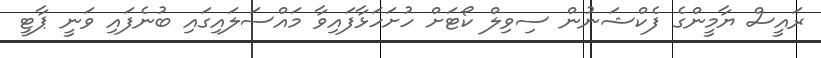
ރައީސް ޔާމީންގެ ފެކްޝަނުން ސިވިލް ކޯޓަށް ހުށަހަޅާފައިވާ މައްސަލައިގައި ބުނެފައި ވަނީ ޕާޓީ